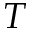
T